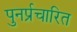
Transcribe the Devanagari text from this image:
पुनर्प्रचारित